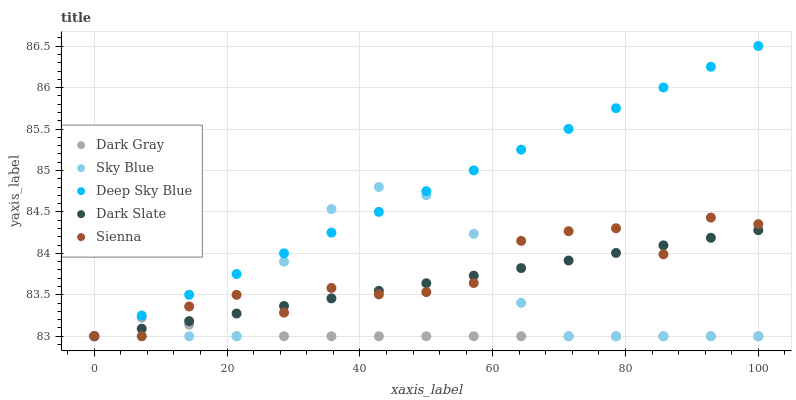
| xaxis_label | Dark Gray | Sky Blue | Deep Sky Blue | Dark Slate | Sienna |
 | --- | --- | --- | --- | --- | --- |
 | 0 | 83 | 83 | 83 | 83 | 83 |
 | 7.14 | 83.2 | 83 | 83.3 | 83.1 | 83 |
 | 14.3 | 83.1 | 83 | 83.5 | 83.2 | 83.4 |
 | 21.4 | 83 | 83 | 83.8 | 83.3 | 83.5 |
 | 28.6 | 83 | 83.9 | 84 | 83.4 | 83.3 |
 | 35.7 | 83 | 84.5 | 84.3 | 83.5 | 83.6 |
 | 42.9 | 83 | 84.8 | 84.5 | 83.5 | 83.5 |
 | 50 | 83 | 84.7 | 84.8 | 83.6 | 83.5 |
 | 57.1 | 83 | 84.2 | 85 | 83.7 | 83.6 |
 | 64.3 | 83 | 83.4 | 85.3 | 83.8 | 84.2 |
 | 71.4 | 83 | 83 | 85.5 | 83.9 | 84.3 |
 | 78.6 | 83 | 83 | 85.8 | 84 | 84.3 |
 | 85.7 | 83 | 83 | 86 | 84.1 | 84 |
 | 92.9 | 83 | 83 | 86.3 | 84.2 | 84.4 |
 | 100 | 83 | 83 | 86.5 | 84.3 | 84.4 |